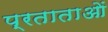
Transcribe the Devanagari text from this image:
प्रताताओं